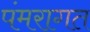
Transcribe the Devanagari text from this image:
पंमरागत